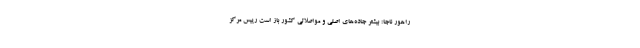
راهور ناجا: بیشتر جاده‌های اصلی و مواصلاتی کشور باز است رییس مرکز